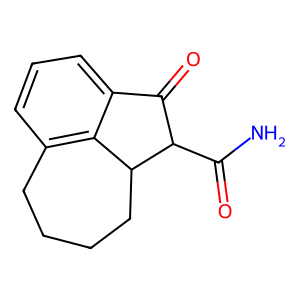
SMILES: NC(=O)C1C(=O)c2cccc3c2C1CCCC3
Inhibits HIV replication: No